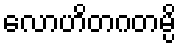
လောဟိတဂတမ္ပိ